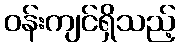
ဝန်းကျင်ရှိသည့်